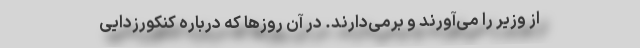
از وزیر را می‌آورند و برمی‌دارند. در آن روزها که درباره کنکورزدایی